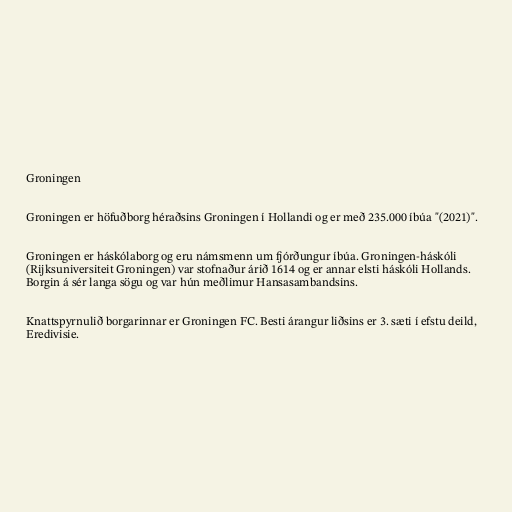
Groningen

Groningen er höfuðborg héraðsins Groningen í Hollandi og er með 235.000 íbúa "(2021)".

Groningen er háskólaborg og eru námsmenn um fjórðungur íbúa. Groningen-háskóli
(Rijksuniversiteit Groningen) var stofnaður árið 1614 og er annar elsti háskóli Hollands.
Borgin á sér langa sögu og var hún meðlimur Hansasambandsins.

Knattspyrnulið borgarinnar er Groningen FC. Besti árangur liðsins er 3. sæti í efstu deild,
Eredivisie.